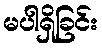
မပါရှိခြင်း